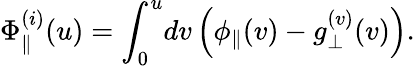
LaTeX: \Phi_{\parallel}^{(i)}(u)=\int_{0}^{u}\! dv\, \Big(\phi_{\parallel}(v)-g_{\perp}^{(v)}(v)\Big).